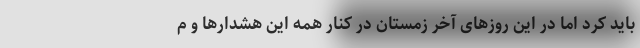
باید کرد اما در این روزهای آخر زمستان در کنار همه این هشدارها و م